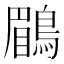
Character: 鶥